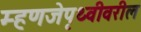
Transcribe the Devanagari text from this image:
म्हणजेपृथ्वीवरील